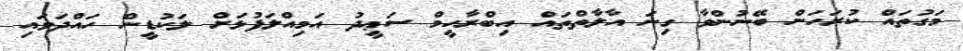
މަގުތައް ކުރަހަން ބޭނުންވާ ގިނަ އާލާތްތައް އިބްރާހީމް ސަޢީދު އަމިއްލަފުޅަށް ލަކުޑީން ހައްދަވައި